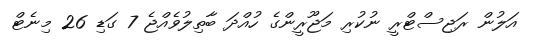
އަލުން ރަޖިސްޓްރީ ނުކުރި މަޖޫރީންގެ ހުއްދަ ބާތިލުވެއްޖެ 7 ގަޑި 26 މިނެޓް